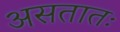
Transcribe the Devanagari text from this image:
असतातः